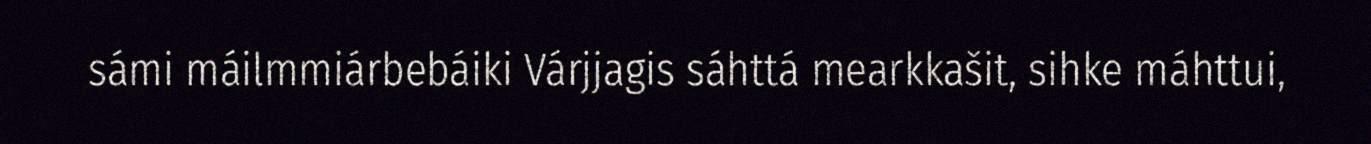
sámi máilmmiárbebáiki Várjjagis sáhttá mearkkašit, sihke máhttui,